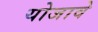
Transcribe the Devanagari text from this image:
योजावे